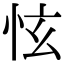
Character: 怰